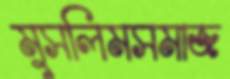
মুসলিমসমাজ